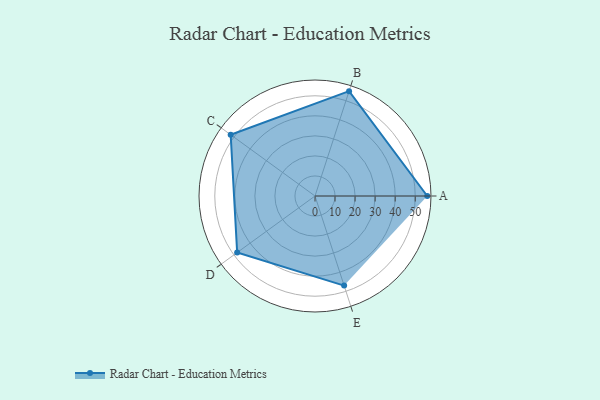
{"axis": {"x": "Skill", "y": "Score"}, "legend": ["Profile"], "data": [{"x": "A", "y": 56.0, "type": "Profile"}, {"x": "B", "y": 55.0, "type": "Profile"}, {"x": "C", "y": 52.0, "type": "Profile"}, {"x": "D", "y": 48.0, "type": "Profile"}, {"x": "E", "y": 47.0, "type": "Profile"}]}